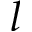
l